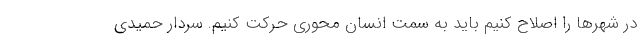
در شهر‌ها را اصلاح کنیم باید به سمت انسان محوری حرکت کنیم. سردار حمیدی